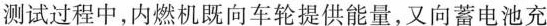
测试过程中，内燃机既向车轮提供能量，又向蓄电池充